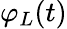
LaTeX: \varphi_{L}(t)